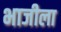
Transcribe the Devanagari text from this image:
भाजीला